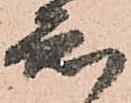
知